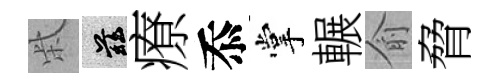
柴兹療忝掌輾俞脅